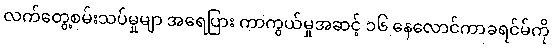
လက်တွေ့စမ်းသပ်မှုမျာ အရေပြား ကာကွယ်မှုအဆင့် ၁၆ နေလောင်ကာခရင်မ်ကို